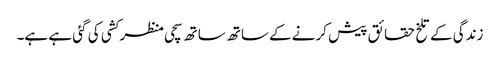
زندگی کے تلخ حقائق پیش کرنے کےساتھ ساتھ سچی منظر کشی کی گئی ہے ہے۔